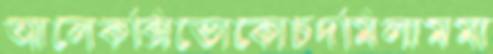
আলেকক্সিভোকোচদমিলামমা